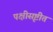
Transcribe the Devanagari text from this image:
पक्षीसृष्टीत